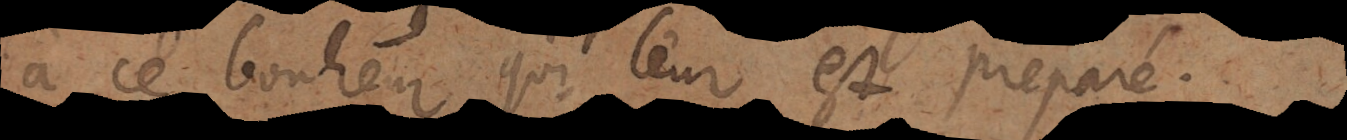
à ce bonheur qui leur est preparé.